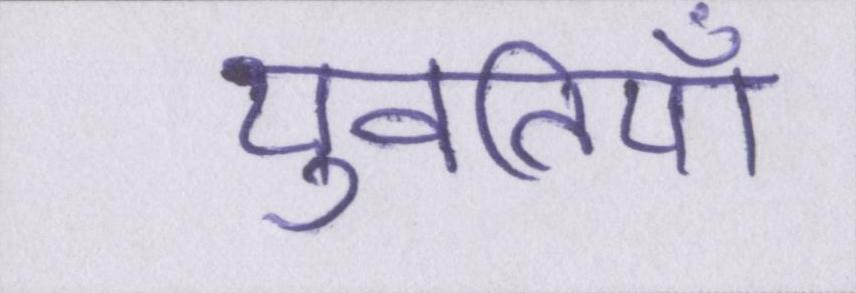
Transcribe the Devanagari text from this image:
युवतियाँ